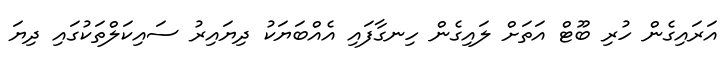
އަރައިގެން ހުރި ބޫޓް އަތަށް ލައިގެން ހިނގާފައި އެއްބަޔަކު ދިޔައިރު ސައިކަލްތަކުގައި ދިޔަ